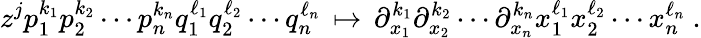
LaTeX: z^{j}p_{1}^{k_{1}}p_{2}^{k_{2}}\cdots p_{n}^{k_{n}}q_{1}^{\ell_{1}}q_{2}^{\ell_{2}}\cdots q_{n}^{\ell_{n}}\, \mapsto\, \partial_{x_{1}}^{k_{1}}\partial_{x_{2}}^{k_{2}}\cdots\partial_{x_{n}}^{k_{n}}x_{1}^{\ell_{1}}x_{2}^{\ell_{2}}\cdots x_{n}^{\ell_{n}}~.